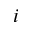
i